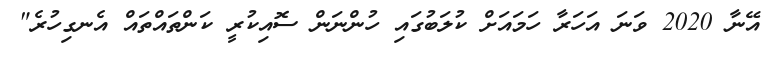
އޭނާ 2020 ވަނަ އަހަރާ ހަމައަށް ކުލަބުގައި ހުންނަން ސޮއިކުރީ ކަންތައްތައް އެނގިހުރެ"